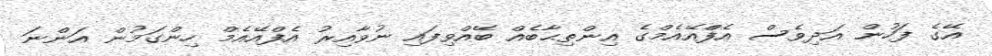
އޭގެ ފަހުން އަދިވެސް އެފްްއޭއެމްގެ އިންތިޙާބެއް ބޭއްވިފައި ނުވާއިރު އެފްއޭއެމް ހިންގަމުން އަންނަ